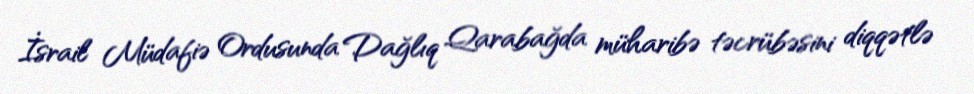
İsrail Müdafiə Ordusunda Dağlıq Qarabağda müharibə təcrübəsini diqqətlə